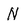
Character: N